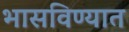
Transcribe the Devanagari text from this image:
भासविण्यात